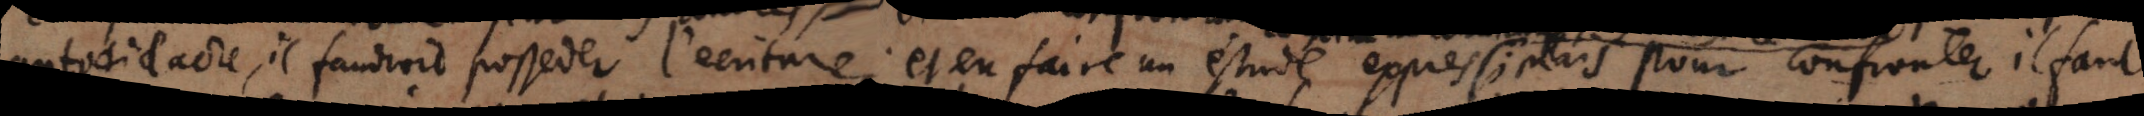
autodidacte, il faudroit posseder l’écriture, et en faire un estude exprés mais pour confronter il faut